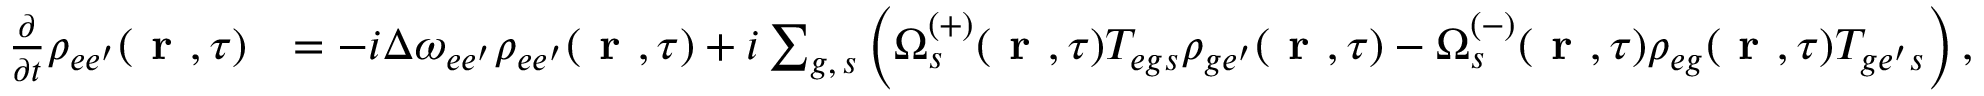
\begin{array} { r l } { \frac { \partial } { \partial t } \rho _ { e e ^ { \prime } } ( \textbf { r } , \tau ) } & { = - i \Delta \omega _ { e e ^ { \prime } } \rho _ { { e e ^ { \prime } } } ( \textbf { r } , \tau ) + i \sum _ { g , \, s } \left( \Omega _ { s } ^ { ( + ) } ( \textbf { r } , \tau ) T _ { { e g } s } \rho _ { { g e ^ { \prime } } } ( \textbf { r } , \tau ) - \Omega _ { s } ^ { ( - ) } ( \textbf { r } , \tau ) \rho _ { { e g } } ( \textbf { r } , \tau ) T _ { { g e ^ { \prime } } s } \right) , } \end{array}